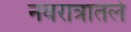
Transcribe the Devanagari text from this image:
नवरात्रातले